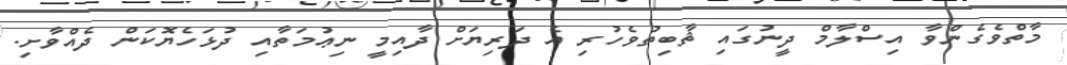
މާތްވެގެންވާ އިސްލާމް ދީނުގައި ޘާބިތުވެހުރި އެ ދަރިޔަށް ދާއިމީ ނިޢުމަތާއި ދުޅަހެޔޮކަން ދެއްވާށި.